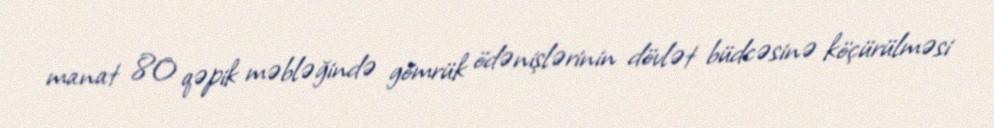
manat 80 qəpik məbləğində gömrük ödənişlərinin dövlət büdcəsinə köçürülməsi